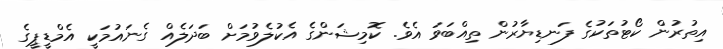
އިތުރުން ކޯޓުތަކުގެ ފަނޑިޔާރުން ތިއްބަވަ އެވެ. ކޮމިޝަންގެ އެކުލެވުމަށް ބަދަލެއް ގެނައުމަކީ އެމްޑީޕީގެ